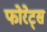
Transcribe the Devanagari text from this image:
फोरेट्स